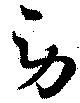
労